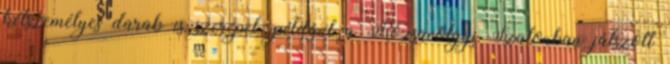
kétszemélyes darab is szerepel, például a Rózsavölgyi Szalonban játszott